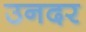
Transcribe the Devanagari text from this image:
उनदर